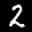
Label: 2